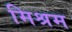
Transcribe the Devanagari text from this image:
मिश्रम